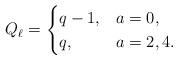
LaTeX: \begin{align*} Q_{\ell} = \begin{cases} q-1, & a=0, \\ q, & a =2, 4.\end{cases}\end{align*}